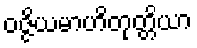
ဝဇ္ဇိယမာဟိတုတ္တိယာ